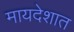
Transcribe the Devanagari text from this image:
मायदेशात